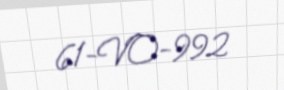
61-VO-992